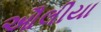
ઔલીયા